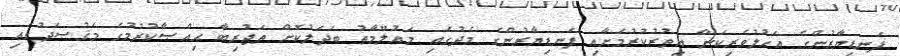
ފަނޑިޔާރުންގެ އަހުލުވެރިކަން އިތުރުކުރުމަށާއި ފަނޑިޔާރުންގެ މެދުގައި މަޢުލޫމާތު ބަދަލުކޮށް ތަޖުރިބާ ޙިއްޞާކުރުމުގެ މަޤުޞަދުގައި